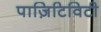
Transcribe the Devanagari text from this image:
पाज़िटिविटी